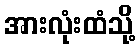
အားလုံးထံသို့